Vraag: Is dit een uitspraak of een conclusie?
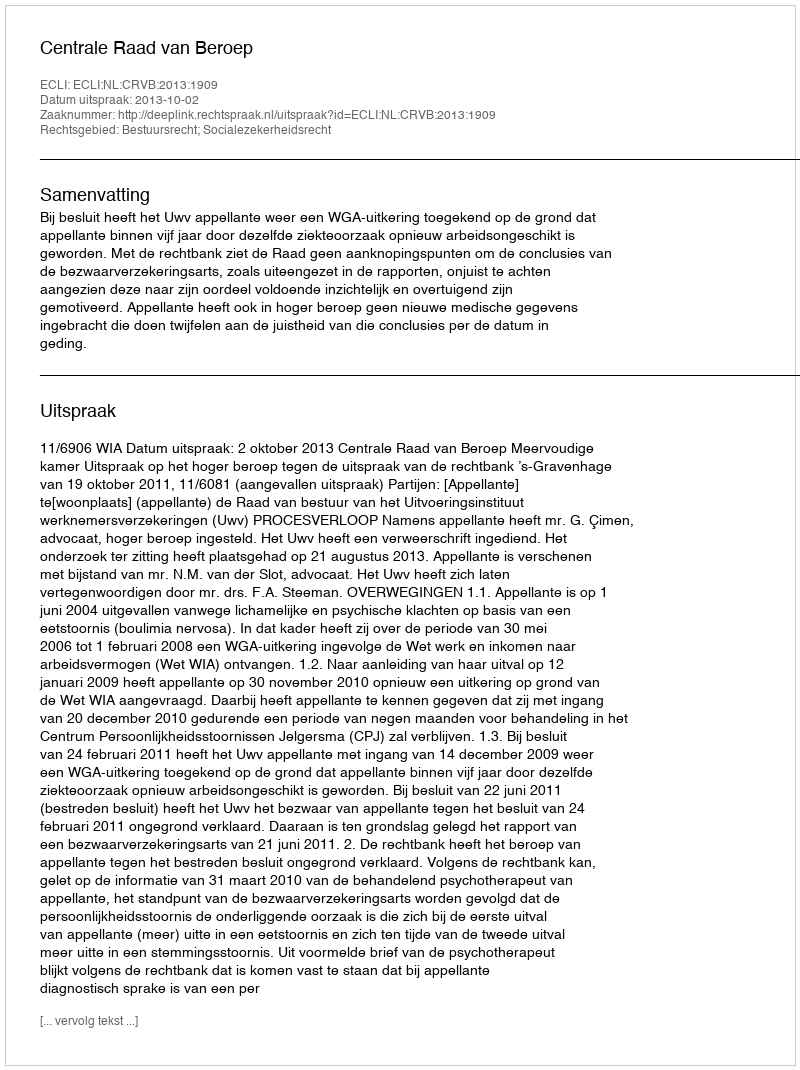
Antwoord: Uitspraak